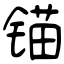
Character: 锚